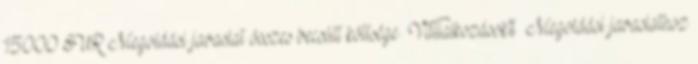
15000 EUR▪Megoldási javaslat összes becsült költsége ▪Vállalkozások% ▪Megoldási javaslathoz